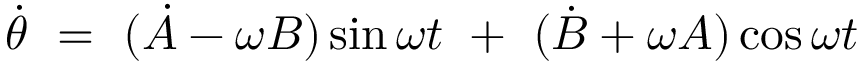
\Dot { \theta } \ = \ ( \Dot { A } - \omega B ) \sin \omega t \ + \ ( \Dot { B } + \omega A ) \cos \omega t